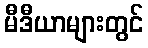
မီဒီယာများတွင်